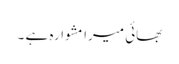
بھائی میرا مشوارہ ہے ۔